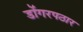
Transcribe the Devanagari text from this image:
डोंगरपठार